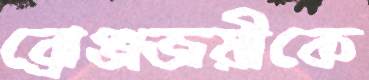
ব্রোঞ্জজয়ীকে